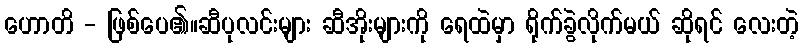
ဟောတိ - ဖြစ်ပေ၏။ဆီပုလင်းများ ဆီအိုးများကို ရေထဲမှာ ရိုက်ခွဲလိုက်မယ် ဆိုရင် လေးတဲ့